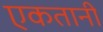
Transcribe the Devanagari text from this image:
एकतानी